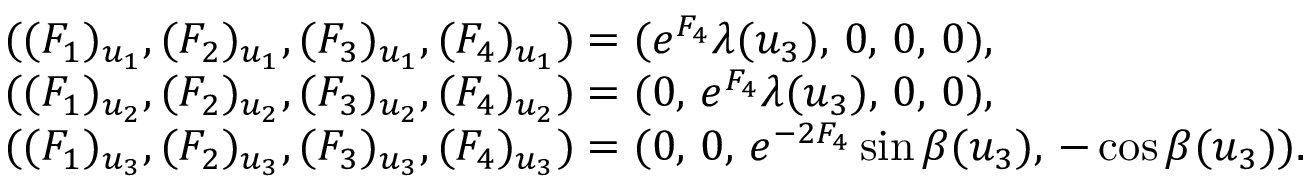
\begin{array} { r l } & { ( ( F _ { 1 } ) _ { u _ { 1 } } , ( F _ { 2 } ) _ { u _ { 1 } } , ( F _ { 3 } ) _ { u _ { 1 } } , ( F _ { 4 } ) _ { u _ { 1 } } ) = ( e ^ { F _ { 4 } } \lambda ( u _ { 3 } ) , \, 0 , \, 0 , \, 0 ) , } \\ & { ( ( F _ { 1 } ) _ { u _ { 2 } } , ( F _ { 2 } ) _ { u _ { 2 } } , ( F _ { 3 } ) _ { u _ { 2 } } , ( F _ { 4 } ) _ { u _ { 2 } } ) = ( 0 , \, e ^ { F _ { 4 } } \lambda ( u _ { 3 } ) , \, 0 , \, 0 ) , } \\ & { ( ( F _ { 1 } ) _ { u _ { 3 } } , ( F _ { 2 } ) _ { u _ { 3 } } , ( F _ { 3 } ) _ { u _ { 3 } } , ( F _ { 4 } ) _ { u _ { 3 } } ) = ( 0 , \, 0 , \, e ^ { - 2 F _ { 4 } } \sin \beta ( u _ { 3 } ) , \, - \cos \beta ( u _ { 3 } ) ) . } \end{array}